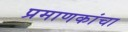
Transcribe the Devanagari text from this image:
प्रमाणकांचा